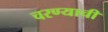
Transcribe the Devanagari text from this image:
चरण्याची